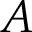
A